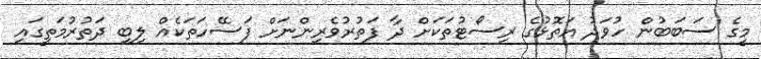
މީގެ ސަބަބުން ހުވަދު އަތޮޅުގެ ރިސޯޓުތަކަށް ދާ ފަތުރުވެރިންނަށް ފަސޭހަތަކެއް ލިބި ދަތުރުމަތީގައި